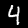
Label: 4